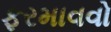
ફરમાવવો